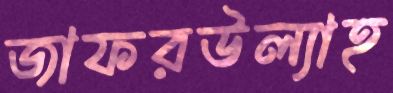
জাফরউল্যাহ